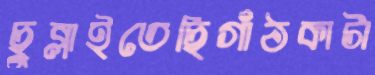
ছুব্‌লাইতেছিগাঁঠকাটা